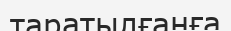
таратылғанға